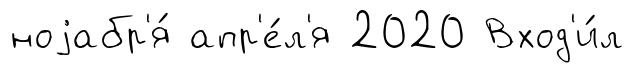
ноjабр'я́ апр'е́л'я 2020 Вход'и́л